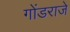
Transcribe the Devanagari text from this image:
गोंडराजे